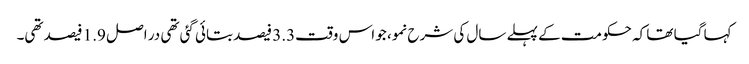
کہا گیا تھا کہ حکومت کے پہلے سال کی شرح نمو، جو اس وقت3.3 فیصد بتائی گئی تھی در اصل 1.9 فیصد تھی۔